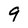
Character: 9